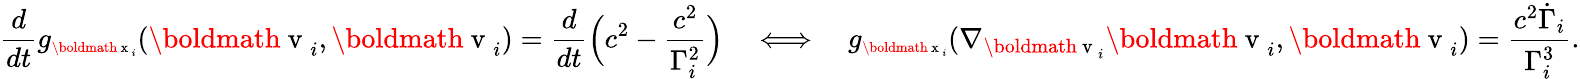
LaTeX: \frac{d}{dt}g_{\scriptsize{\mathrm{\boldmath~x~}_{i}}}(\mathrm{\boldmath~v~}_{i},\mathrm{\boldmath~v~}_{i})=\frac{d}{dt}\Big(c^{2}-\frac{c^{2}}{\Gamma_{i}^{2}}\Big)\quad\Longleftrightarrow\quad g_{\scriptsize\mathrm{\boldmath~x~}_{i}}(\nabla_{\mathrm{\boldmath~v~}_{i}}\mathrm{\boldmath~v~}_{i},\mathrm{\boldmath~v~}_{i})=\frac{c^{2}\dot{\Gamma}_{i}}{\Gamma_{i}^{3}}.